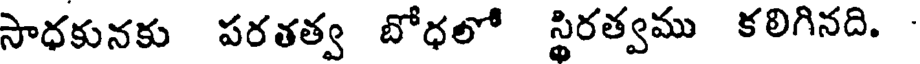
సాధకునకు పరతత్వ బోధలో స్థిరత్వము కలిగినది.